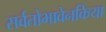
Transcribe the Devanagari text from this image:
सर्वतोभावेनकिया